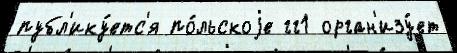
публ'ику́етс'я по́льскоjе гг1 орган'изу́ет